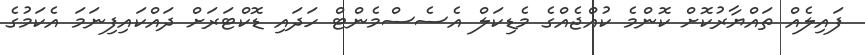
ފައިލެއް ތައްޔާރުކޮށް ކޮންމެ ކުއްޖެއްގެ މެޑިކަލް އެސެސްމެންޓް ހަދައި ޑޮކްޓަރަށް ދައްކައިފިނަމަ އެކަމުގެ